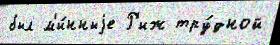
был м'и́нныjе Р'иж тру́дной